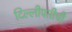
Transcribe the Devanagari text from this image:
दिल्लीपतीची